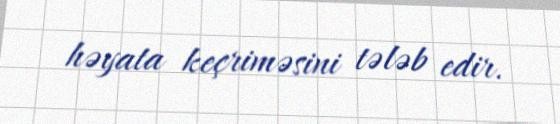
həyata keçriməsini tələb edir.